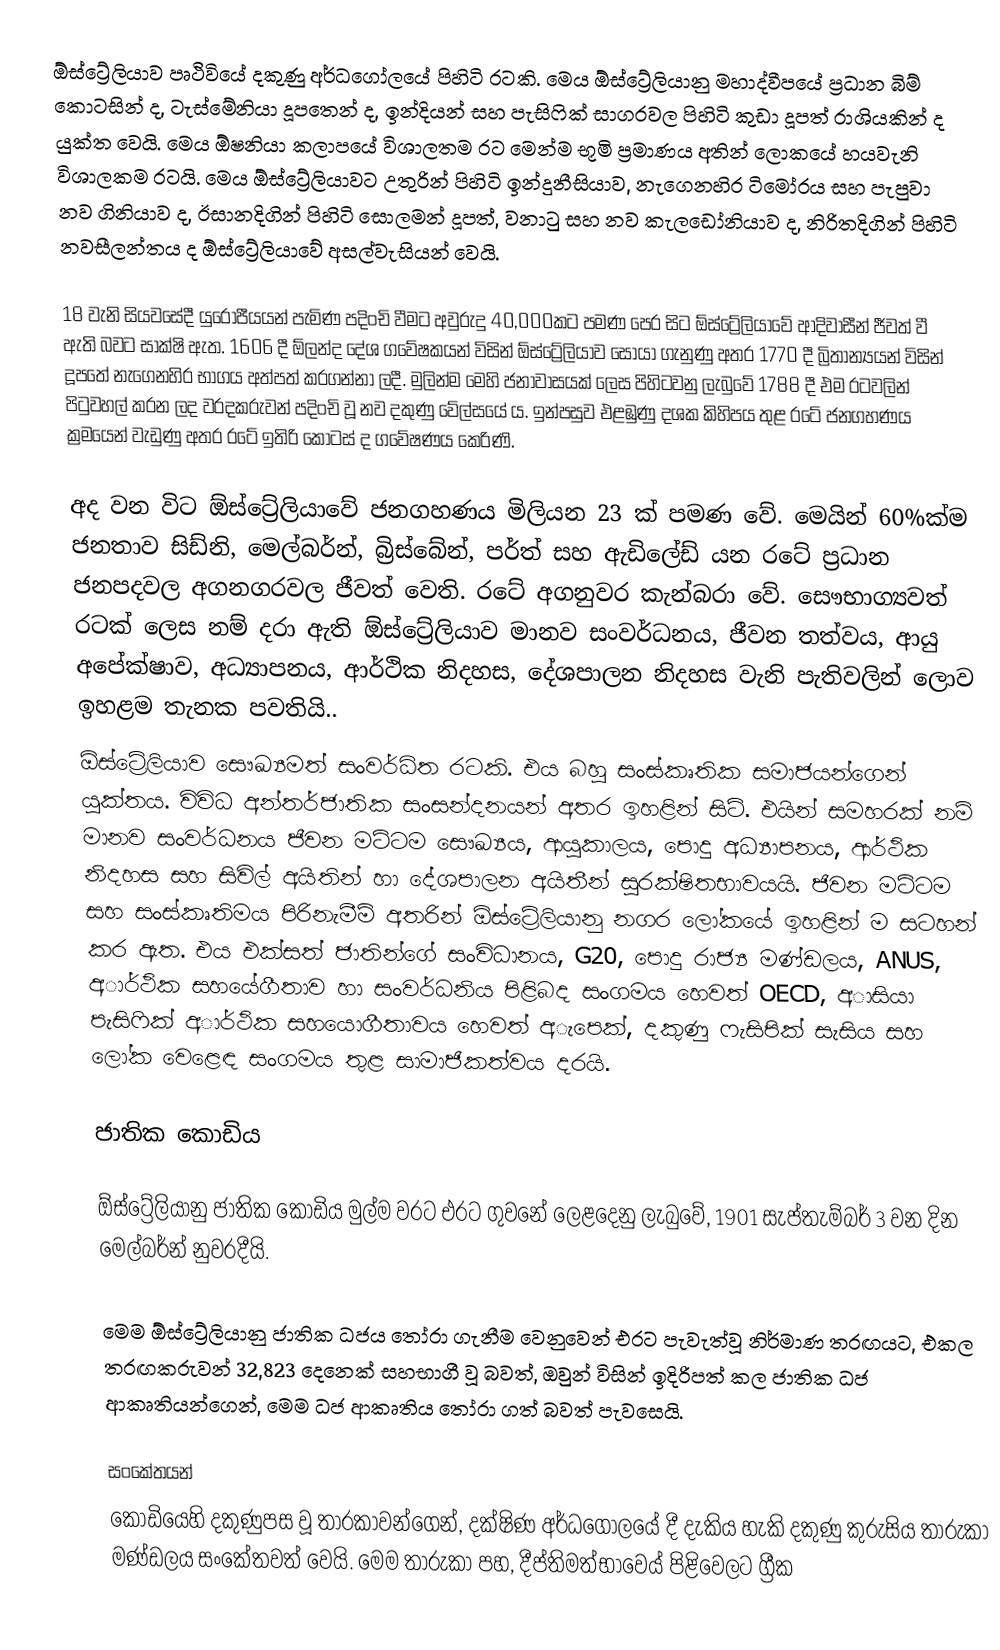
ඕස්ට්‍රේලියාව පෘථිවියේ දකුණු අර්ධගෝලයේ පිහිටි රටකි. මෙය ඕස්ට්‍රේලියානු මහාද්වීපයේ ප්‍රධාන බිම් කොටසින් ද, ටැස්මේනියා දූපතෙන් ද, ඉන්දියන් සහ පැසිෆික් සාගරවල පිහිටි කුඩා දූපත් රාශියකින් ද යුක්ත වෙයි. මෙය ඕෂනියා කලාපයේ විශාලතම රට මෙන්ම භූමි ප්‍රමාණය අතින් ලොකයේ හයවැනි විශාලකම රටයි. මෙය ඕස්ට්‍රේලියාවට උතුරින් පිහිටි ඉන්දුනීසියාව, නැගෙනහිර ටිමෝරය සහ පැපුවා නව ගිනියාව ද, ඊසානදිගින් පිහිටි සොලමන් දූපත්, වනාටු සහ නව කැලඩෝනියාව ද, නිරිතදිගින් පිහිටි නවසීලන්තය ද ඕස්ට්‍රේලියාවේ අසල්වැසියන් වෙයි.

18 වැනි සියවසේදී යුරෝපීයයන් පැමිණ පදිංචි වීමට අවුරුදු 40,000කට පමණ පෙර සිට ඕස්ට්‍රේලියාවේ ආදිවාසීන් ජීවත් වී ඇති බවට සාක්ෂි ඇත. 1606 දී ඕලන්ද දේශ ගවේෂකයන් විසින් ඕස්ට්‍රේලියාව සොයා ගැනුණු අතර 1770 දී බ්‍රිතාන්‍යයන් විසින් දූපතේ නැගෙනහිර භාගය අත්පත් කරගන්නා ලදී. මුලින්ම මෙහි ජනාවාසයක් ලෙස පිහිටවනු ලැබුවේ 1788 දී එම රටවලින් පිටුවහල් කරන ලද වරදකරුවන් පදිංචි වූ නව දකුණු වේල්සයේ ය. ඉන්පසුව එළඹුණු දශක කිහිපය තුළ රටේ ජනගහණය ක්‍රමයෙන් වැඩුණු අතර රටේ ඉතිරි කොටස් ද ගවේෂණය කෙරිණි.

අද වන විට ඕස්ට්‍රේලියාවේ ජනගහණය මිලියන 23 ක්  පමණ වේ. මෙයින් 60%ක්ම ජනතාව සිඩ්නි, මෙල්බර්න්, බ්‍රිස්බේන්, පර්ත් සහ ඇඩිලේඩ් යන රටේ ප්‍රධාන ජනපදවල අගනගරවල ජීවත් වෙති. රටේ අගනුවර කැන්බරා වේ. සෞභාග්‍යවත් රටක් ලෙස නම් දරා ඇති ඕස්ට්‍රේලියාව මානව සංවර්ධනය, ජීවන තත්වය, ආයු අපේක්ෂාව, අධ්‍යාපනය, ආර්ථික නිදහස, දේශපාලන නිදහස වැනි පැතිවලින් ලොව ඉහළම තැනක පවතියි..
ඕස්ට්‍රේලියාව සෞඛ්‍යමත් සංවර්ධිත රටකි. එය බහු සංස්කෘතික සමාජයන්ගෙන් යුක්තය. විවිධ අන්තර්ජාතික සංසන්දනයන් අතර ඉහළින් සිටි. එයින් සමහරක් නම් මානව සංවර්ධනය ජීවන මට්ටම සෞඛ්‍යය, ආයුකාලය, පොදු අධ්‍යාපනය, ආර්ථික නිදහස සහ සිවිල් අයිතින් හා දේශපාලන අයිතීන් සුරක්ෂිතභාවයයි. ජිවන මට්ටම සහ සංස්කෘතිමය පිරිනැමීම් අතරින් ඕස්ට්‍රේලියානු නගර ලෝකයේ ඉහළින් ම සටහන් කර ඇත. එය එක්සත් ජාතින්ගේ සංවිධානය, G20, පොදු රාජ්‍ය මණ්ඩලය, ANUS, අාර්ථික සහයේගීතාව හා සංවර්ධනිය පිළිබද සංගමය හෙවත් OECD, අාසියා පැසිෆික් අාර්ථික සහයොගීතාවය හෙවත් අැපෙක්, දකුණු ෆැසිපික් සැසිය සහ ලෝක වෙළෙඳ සංගමය තුළ සාමාජිකත්වය දරයි.

ජාතික කොඩිය

ඕස්ට්‍රේලියානු ජාතික කොඩිය මුල්ම වරට එරට ගුවනේ ලෙළදෙනු ලැබුවේ, 1901 සැප්තැම්බර් 3 වන දින මෙල්බර්න් නුවරදීයි.

මෙම ඕස්ට්‍රේලියානු ජාතික ධජය තෝරා ගැනීම වෙනුවෙන් එරට පැවැත්වූ නිර්මාණ තරඟයට, එකල තරඟකරුවන් 32,823 දෙනෙක් සහභාගී වූ බවත්, ඔවුන් විසින් ඉදිරිපත් කල ජාතික ධජ ආකෘතියන්ගෙන්, මෙම ධජ ආකෘතිය තෝරා ගත් බවත් පැවසෙයි.

සංකේතයන්
කොඩියෙහි දකුණුපස වූ තාරකාවන්ගෙන්, දක්ෂිණ අර්ධගෝලයේ දී දැකිය හැකි දකුණු කුරුසිය තාරුකා මණ්ඩලය සංකේතවත් වෙයි. මෙම තාරුකා පහ, දීප්තිමත්භාවෙය් පිළිවෙලට ග්‍රීක